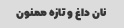
نان داغ و تازه ممنون